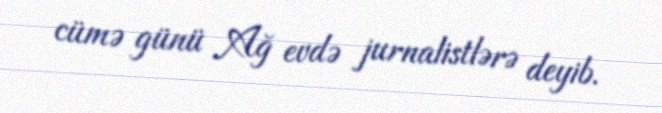
cümə günü Ağ evdə jurnalistlərə deyib.